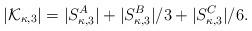
LaTeX: \begin{align*} |\mathcal{K}_{\kappa,3}|=|S_{\kappa,3}^A|+|S_{\kappa,3}^B|/3+|S_{\kappa,3}^C|/6.\end{align*}